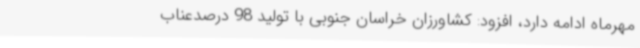
مهرماه ادامه دارد، افزود: کشاورزان خراسان جنوبی با تولید 98 درصدعناب